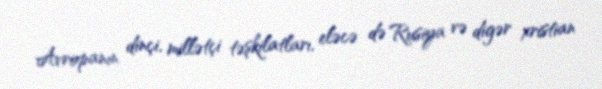
Avropanın dinçi, millətçi təşkilatları, eləcə də Rusiya və digər xristian